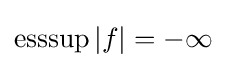
\operatorname {esssup} |f|=-\infty